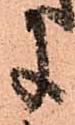
に